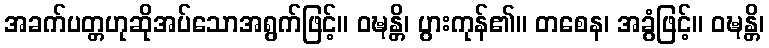
အခက်ပတ္တဟုဆိုအပ်သောအရွက်ဖြင့်။ ဝဍ္ဎန္တိ၊ ပွားကုန်၏။ တစေန၊ အခွံဖြင့်။ ဝဍ္ဎန္တိ၊